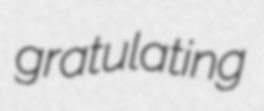
gratulating